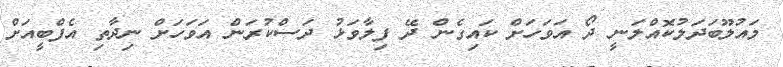
މައުލޫބަދަލުކޮއްލަނީ ދޯ އަވަހަށް ކައިގެން ދޭ ފިލާވަޅު ދަސްކުރަން އަވަހަށް ނިދާތި އެފްބީއަށް